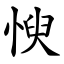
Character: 㥚